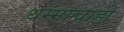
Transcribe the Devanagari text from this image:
धम्माचाही